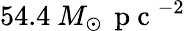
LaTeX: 54.4~M_{\odot}\, \mathrm{~p~c~}^{-2}